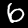
Digit: 6